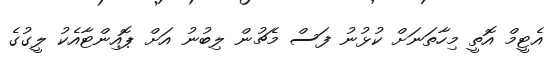
އެޓީމް އޮތީ މިހާތަނަށް ކުޅުނު ފަސް މެޗުން ލިބުނު އަށް ޕޮއިންޓާއެކު ލީގުގެ